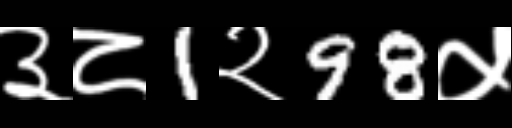
Text: ३८1२98५